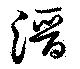
潛